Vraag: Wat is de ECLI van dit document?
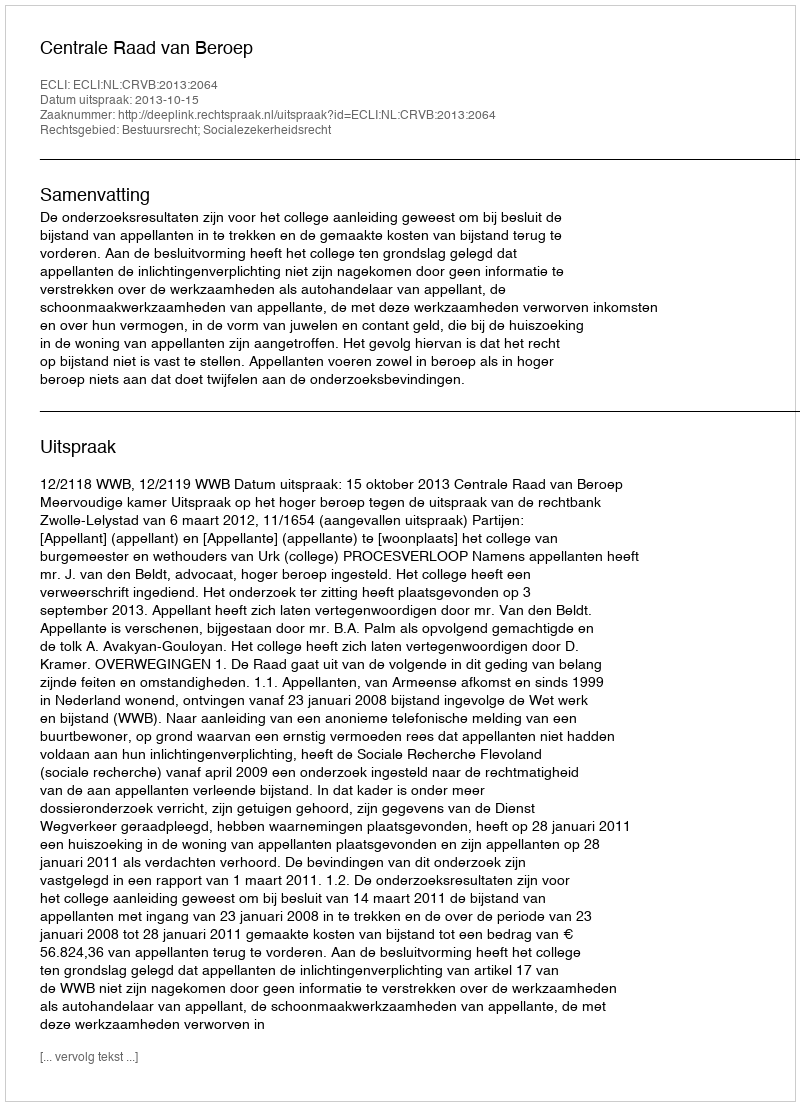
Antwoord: ECLI:NL:CRVB:2013:2064